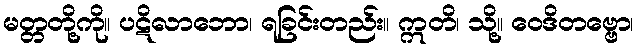
မတ္တတို့ကို။ ပဋိလာဘော၊ ရခြင်းတည်း။ ဣတိ၊ သို့။ ဝေဒိတဗ္ဗော၊